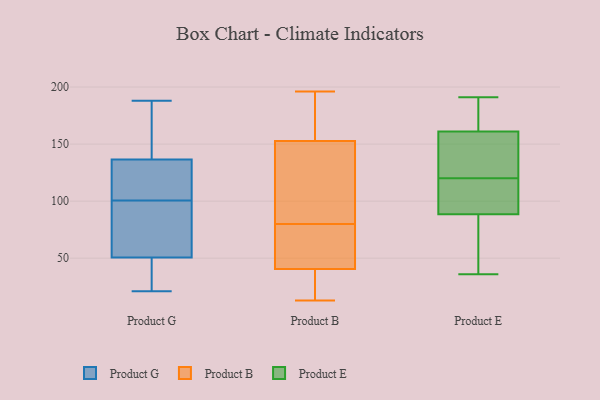
{"axis": {"x": "Operating Costs (USD K)", "y": "Value"}, "legend": ["Product B", "Product E", "Product G"], "data": [{"x": "", "y": 38, "type": "Product G"}, {"x": "", "y": 77, "type": "Product G"}, {"x": "", "y": 129, "type": "Product G"}, {"x": "", "y": 55, "type": "Product G"}, {"x": "", "y": 188, "type": "Product G"}, {"x": "", "y": 46, "type": "Product G"}, {"x": "", "y": 99, "type": "Product G"}, {"x": "", "y": 24, "type": "Product G"}, {"x": "", "y": 21, "type": "Product G"}, {"x": "", "y": 102, "type": "Product G"}, {"x": "", "y": 92, "type": "Product G"}, {"x": "", "y": 144, "type": "Product G"}, {"x": "", "y": 171, "type": "Product G"}, {"x": "", "y": 177, "type": "Product G"}, {"x": "", "y": 119, "type": "Product G"}, {"x": "", "y": 126, "type": "Product G"}, {"x": "", "y": 196, "type": "Product B"}, {"x": "", "y": 24, "type": "Product B"}, {"x": "", "y": 134, "type": "Product B"}, {"x": "", "y": 39, "type": "Product B"}, {"x": "", "y": 17, "type": "Product B"}, {"x": "", "y": 13, "type": "Product B"}, {"x": "", "y": 176, "type": "Product B"}, {"x": "", "y": 70, "type": "Product B"}, {"x": "", "y": 134, "type": "Product B"}, {"x": "", "y": 45, "type": "Product B"}, {"x": "", "y": 122, "type": "Product B"}, {"x": "", "y": 80, "type": "Product B"}, {"x": "", "y": 159, "type": "Product B"}, {"x": "", "y": 51, "type": "Product B"}, {"x": "", "y": 188, "type": "Product B"}, {"x": "", "y": 171, "type": "Product E"}, {"x": "", "y": 108, "type": "Product E"}, {"x": "", "y": 110, "type": "Product E"}, {"x": "", "y": 77, "type": "Product E"}, {"x": "", "y": 130, "type": "Product E"}, {"x": "", "y": 191, "type": "Product E"}, {"x": "", "y": 80, "type": "Product E"}, {"x": "", "y": 36, "type": "Product E"}, {"x": "", "y": 51, "type": "Product E"}, {"x": "", "y": 131, "type": "Product E"}, {"x": "", "y": 133, "type": "Product E"}, {"x": "", "y": 169, "type": "Product E"}, {"x": "", "y": 108, "type": "Product E"}, {"x": "", "y": 160, "type": "Product E"}, {"x": "", "y": 162, "type": "Product E"}, {"x": "", "y": 97, "type": "Product E"}]}